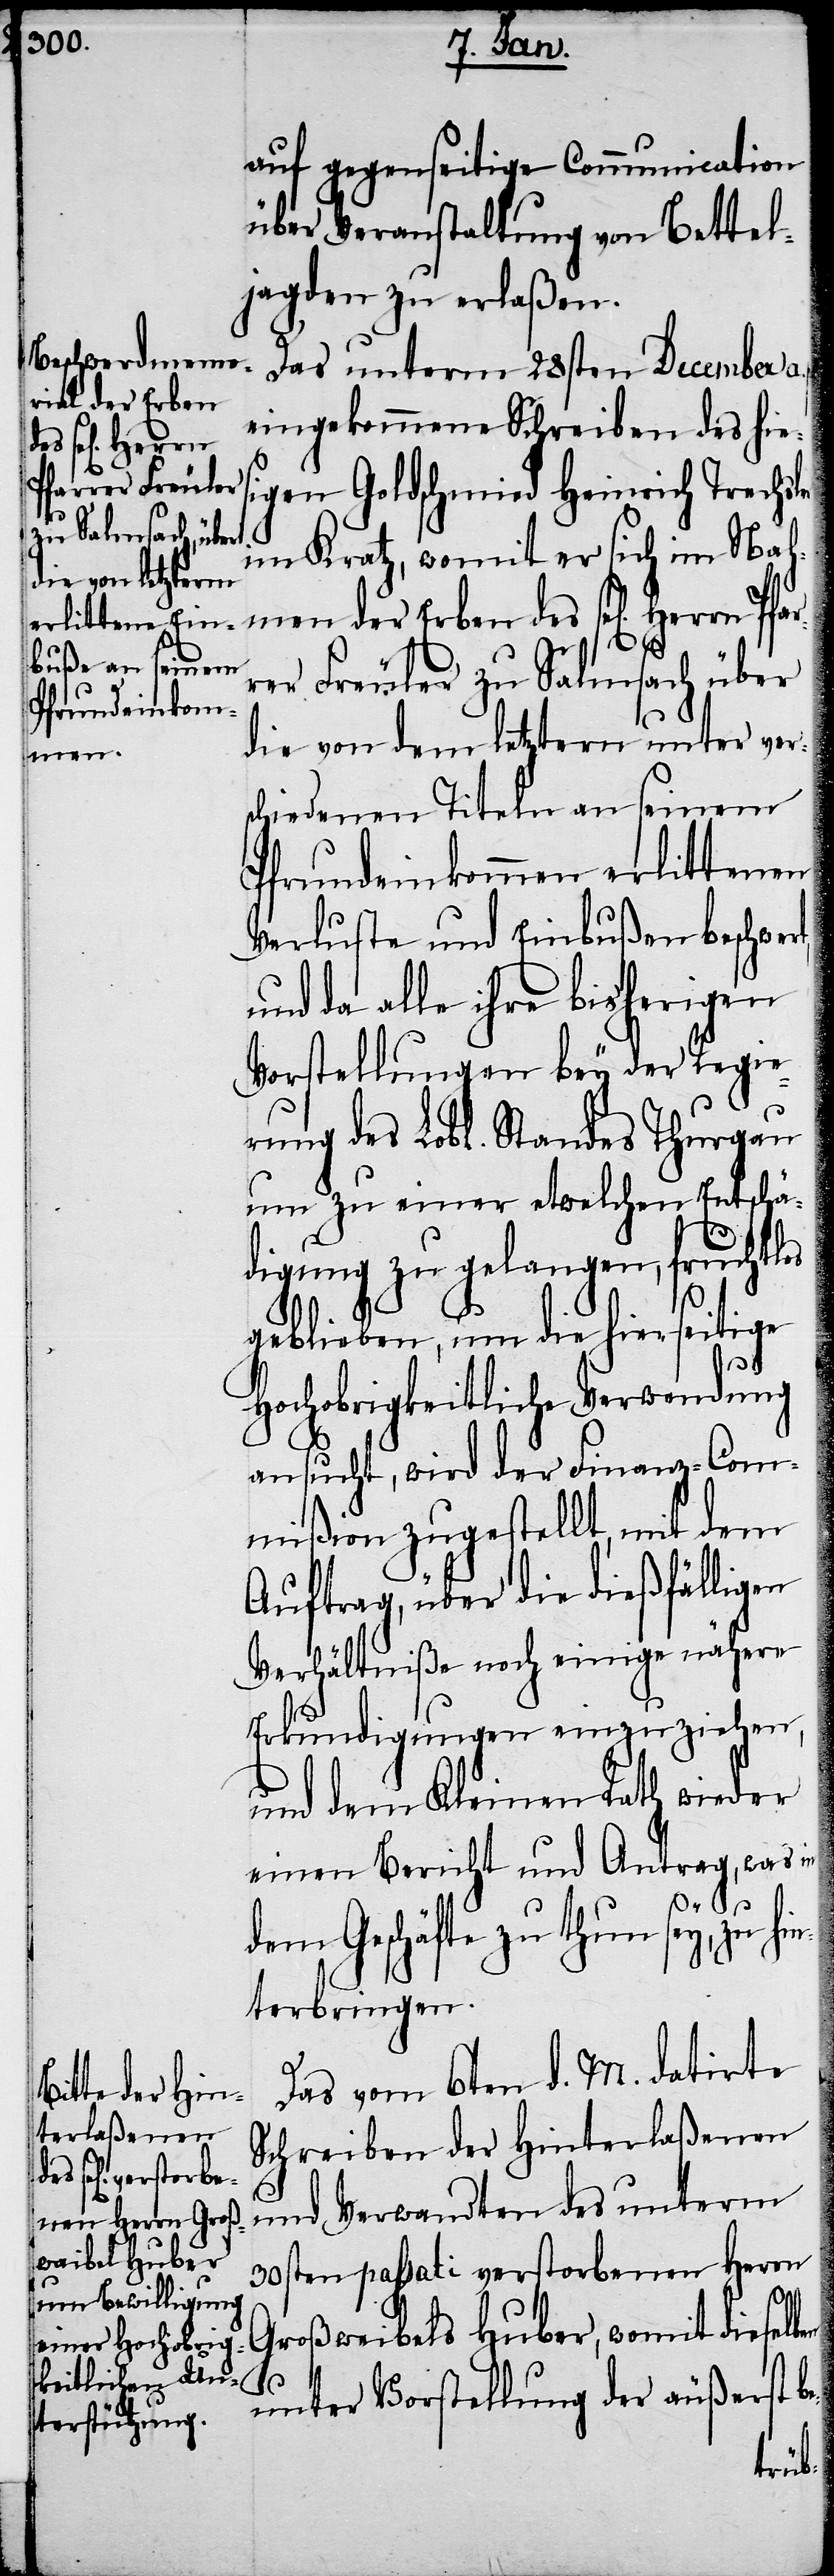
Pfarrer Freuler
zu Salmsach über

auf gegenseitige Communication
über Veranstaltung von Bettel¬
jagden zu erlaßen.
Das unterm 28sten December a.
eingekommene Schreiben des hies¬
igen Goldschmied Heinrich Trachs¬
im Kratz, womit er sich im Nah¬
men der Erben des sel[igen] Her¬
die von dem letztern unter ver¬
schiedenen Titeln an seinem
Pfrundeinkommen erlittenen
Verluste und Einbußen beschwer¬
und da alle ihre bisherigen
Vorstellungen bey der Regie¬
rung des Lobl. Standes Thurgau
um zu einer etwelchen Entschä¬
digung zu gelangen, fruchtlos
geblieben, um die hierseitige
rn
Hochobrigkeitliche Verwendung
ansucht, wird der Finanz-Com¬
mißion zugestellt, mit dem
Auftrag, über die dießfälligen
Verhältniße noch einige nähere
Erkundigungen einzuziehen,
und dem Kleinen Rath wieder
einen Bericht und Antrag, was in
dem Geschäfte zu thun sey, zu hi¬
nterbringen.
Das vom 6ten d. M. datirte
Schreiben der Hinterlaßenen
und Verwandten des unterm
30sten passati verstorbenen Herrn
Großweibels Huber, womit dieselb¬
en
unter Vorstellung der äußerst b¬
e-